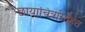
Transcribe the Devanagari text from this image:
छायाचित्रांसहित